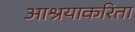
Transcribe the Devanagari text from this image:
आश्रयाकरिता